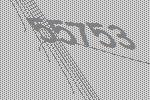
55753